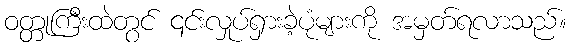
ဝတ္တုကြီးထဲတွင် ၎င်းလှုပ်ရှားခဲ့ပုံများကို အမှတ်ရလာသည်။